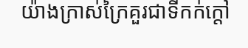
យ៉ាងក្រាស់ក្រៃគួរជាទីកក់ក្តៅ